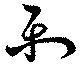
楽